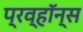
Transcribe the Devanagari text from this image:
प्रव्हॉन्स